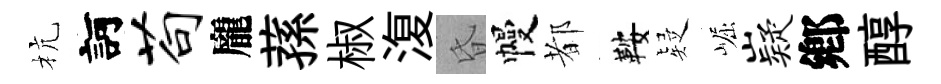
杭訶苟龐蓀椒𣸪昏幔都鞍疑崛嶷鄕醇